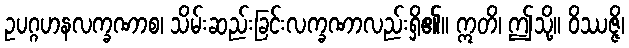
ဥပဂ္ဂဟနလက္ခဏာစ၊ သိမ်းဆည်းခြင်းလက္ခဏာလည်းရှိ၏။ ဣတိ၊ ဤသို့။ ဝိဿဇ္ဇိ၊